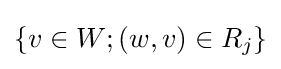
\{v\in W;(w,v)\in R_{j}\}